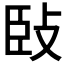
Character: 𢼧